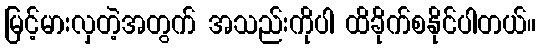
မြင့်မားလှတဲ့အတွက် အသည်းကိုပါ ထိခိုက်စနိုင်ပါတယ်။